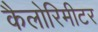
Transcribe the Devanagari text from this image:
कैलोरिमीटर